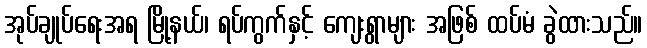
အုပ်ချုပ်ရေးအရ မြို့နယ်၊ ရပ်ကွက်နှင့် ကျေးရွာများ အဖြစ် ထပ်မံ ခွဲထားသည်။